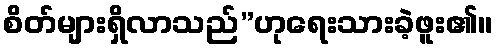
စိတ်များရှိလာသည်”ဟုရေးသားခဲ့ဖူး၏။